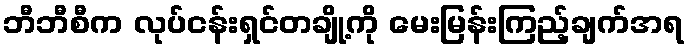
ဘီဘီစီက လုပ်ငန်းရှင်တချို့ကို မေးမြန်းကြည့်ချက်အရ